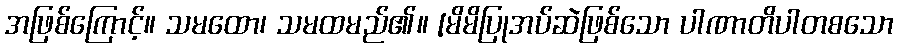
အဖြစ်ကြောင့်။ သမထော၊ သမထမည်၏။ [မိမိပြုအပ်ဆဲဖြစ်သော ပါဏာတိပါတစသော